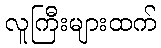
လူကြီးများထက်